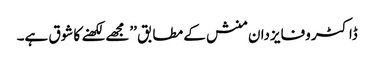
ڈاکٹر وفایزدان منش کے مطابق ’’مجھے لکھنے کا شوق ہے۔